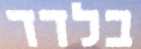
בלדד